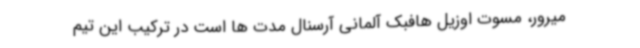
میرور، مسوت اوزیل هافبک آلمانی آرسنال مدت ها است در ترکیب این تیم